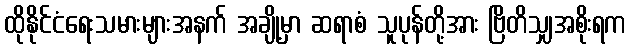
ထိုနိုင်ငံရေးသမားများအနက် အချို့မှာ ဆရာစံ သူပုန်တို့အား ဗြိတိသျှအစိုးရက